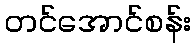
တင်အောင်စန်း